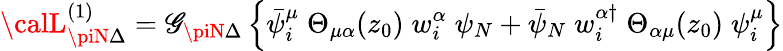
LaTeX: {\calL}_{\piN\Delta}^{(1)}=\mathscr{G}_{\piN\Delta}\left\{ \bar{{\psi}}_{i}^{\mu}\; \Theta_{\mu\alpha}(z_{0})\; w_{i}^{\alpha}\; \psi_{N}+\bar{{\psi}}_{N}\; w_{i}^{\alpha\dagger}\; \Theta_{\alpha\mu}(z_{0})\; \psi_{i}^{\mu}\right\}